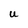
Character: U